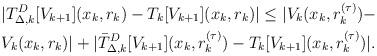
LaTeX: \begin{align*}&|T^{D}_{\Delta,k}[V_{k+1}](x_k, r_k)-T_k[V_{k+1}](x_k, r_k)| \leq|V_{k}(x_k,r_k^{(\tau)})- \\&V_{k}(x_k,r_k)|+|\bar{T}^{D}_{\Delta,k}[V_{k+1}](x_k, r^{(\tau)}_k)-T_k[V_{k+1}](x_k,r^{(\tau)}_k)|.\end{align*}